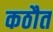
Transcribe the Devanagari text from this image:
कठौत